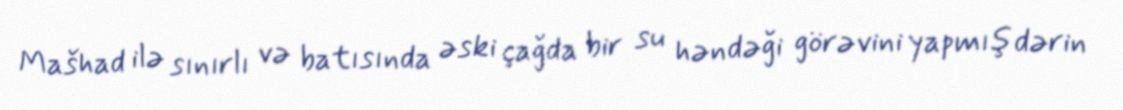
Mašhad ilə sınırlı və batısında əski çağda bir su həndəği görəvini yapmış dərin